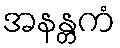
အနန္တကံ